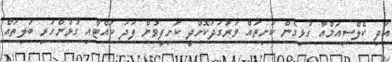
އަދި ކެލްސިއަމްއާ ގުޅިގެން ކަށިތައް ވަރުގަދަކޮށްދީ ކަށިފީވުން ފަދަ ކައްޓާއި ގުޅުންހުރި ބަލިތައް